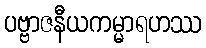
ပဗ္ဗာဇနီယကမ္မာရဟဿ